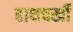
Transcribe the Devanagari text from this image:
हाथचर्खी